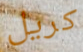
كريل